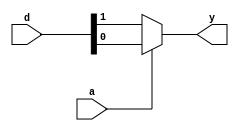
module mux3(
    input wire [1:0] d,
    input wire a,
    output reg y
);
always@(*)
begin
    if(a == 1'b1)
        y = d[0];
    else
        y = d[1];
end
endmodule